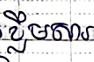
ខ្លឹមសារ